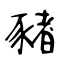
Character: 豬